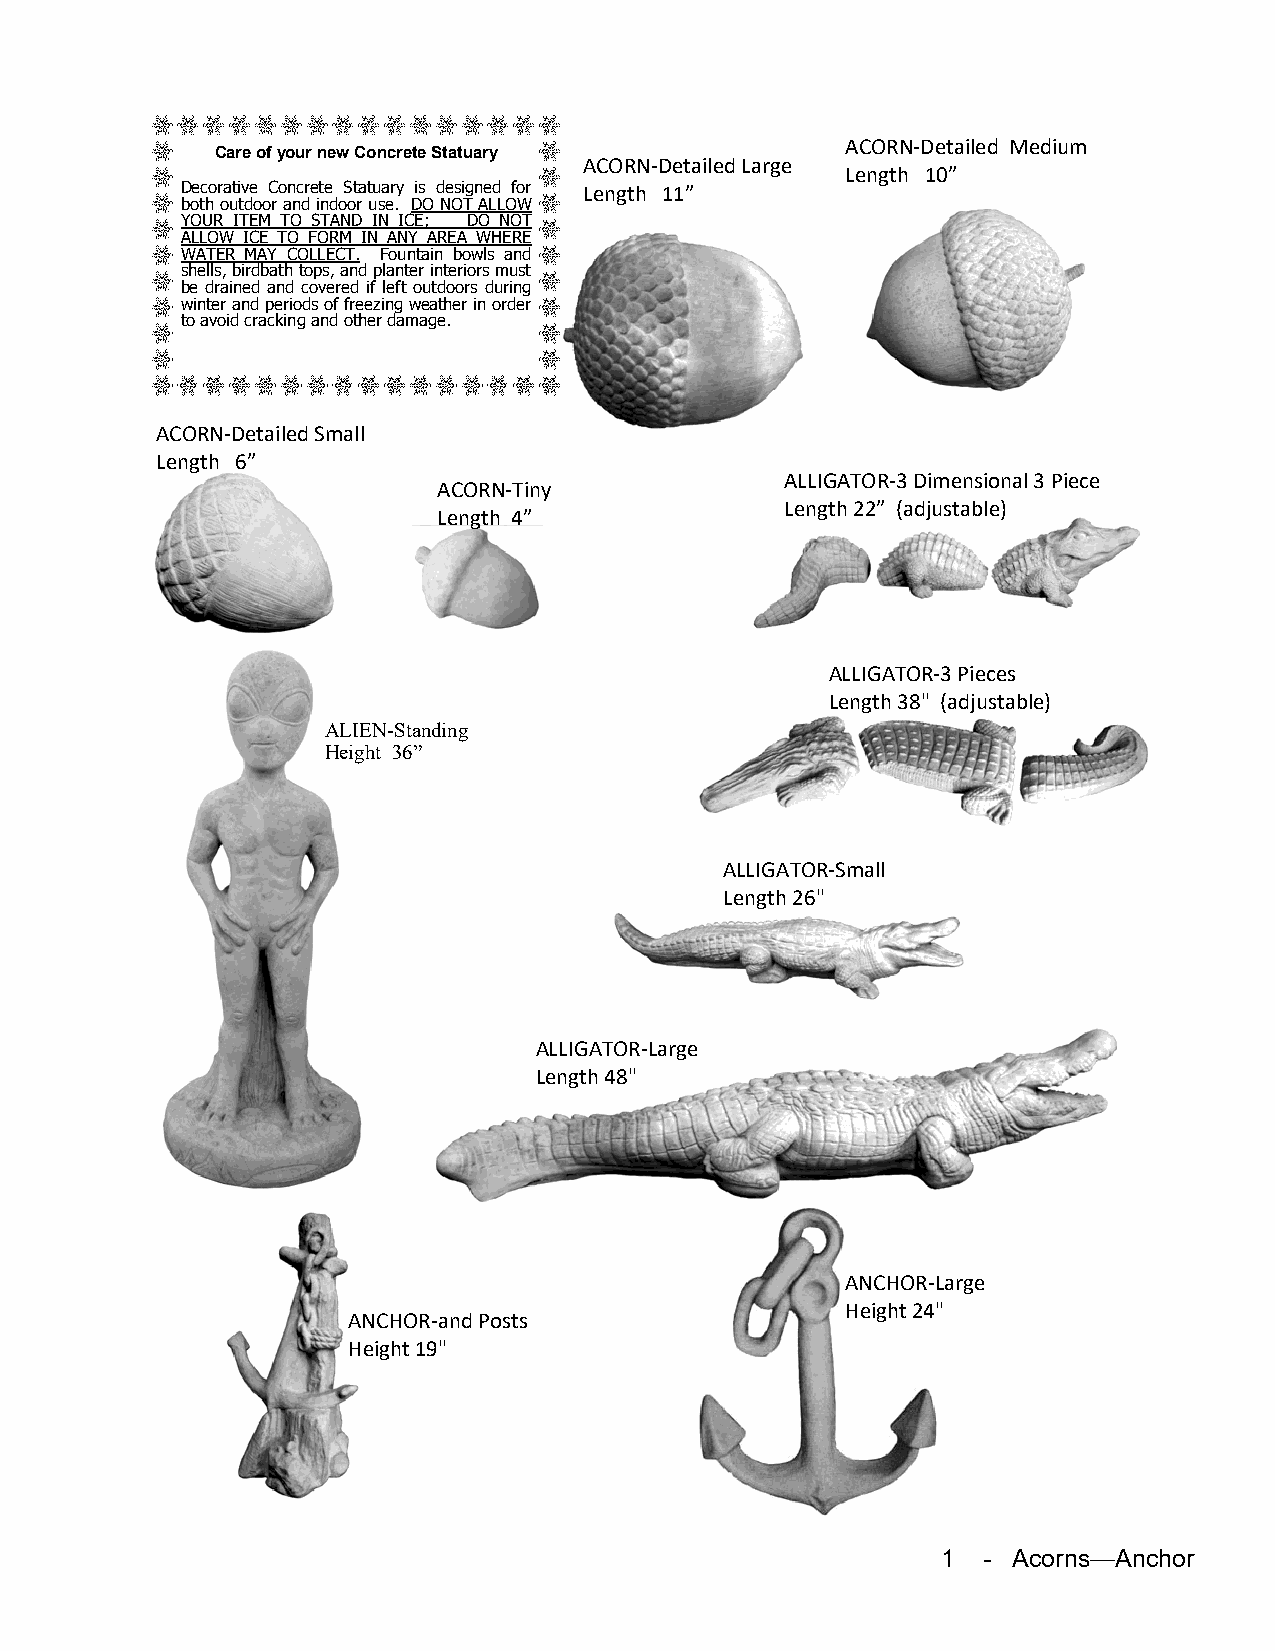
ACORN-Detailed Medium
 Care of your new Concrete Statuary
 ACORN-Detailed Large
 Length 10”
 Decorative Concrete Statuary is designed for Length 11”
 both outdoor and indoor use. DO NOT ALLOW
 YOUR ITEM TO STAND IN ICE; DO NOT
 ALLOW ICE TO FORM IN ANY AREA WHERE
 WATER MAY COLLECT. Fountain bowls and
 shells, birdbath tops, and planter interiors must
 be drained and covered if left outdoors during
 winter and periods of freezing weather in order
 to avoid cracking and other damage.
 ACORN-Detailed Small
 Length 6”
 ALLIGATOR-3 Dimensional 3 Piece
 ACORN-Tiny
 Length 22” (adjustable)
 Length 4”
 ALLIGATOR-3 Pieces
 Length 38" (adjustable)
 ALIEN-Standing
 Height 36”
 ALLIGATOR-Small
 Length 26"
 ALLIGATOR-Large
 Length 48"
 ANCHOR-Large
 Height 24"
 ANCHOR-and Posts
 Height 19"
 1  - Acorns—Anchor